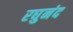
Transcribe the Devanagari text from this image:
रघुनंद